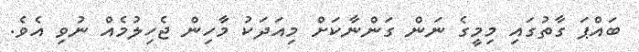
ބައްޕަ ގާތުގައި މިމީގެ ނަން ގަންނާކަށް މިއަދަކު މާހިން ޖެހިލުމެއް ނުވި އެވެ.